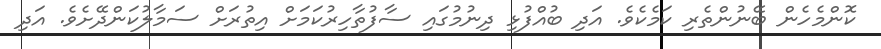
ކޮންމެހެން ބޭނުންތެރި ކަމެކެވެ. އަދި ބުއްފުޅި ދިނުމުގައި ސާފުތާހިރުކަމަށް އިތުރަށް ސަމާލުކަންދޭށެވެ. އަދި